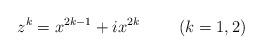
LaTeX: \begin{align*}z^k=x^{2k-1}+ix^{2k} \hspace{1cm} (k=1,2)\end{align*}